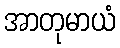
အာတုမာယံ